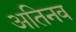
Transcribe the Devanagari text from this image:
अतिनव